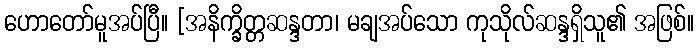
ဟောတော်မူအပ်ပြီ။ [အနိက္ခိတ္တဆန္ဒတာ၊ မချအပ်သော ကုသိုလ်ဆန္ဒရှိသူ၏ အဖြစ်။